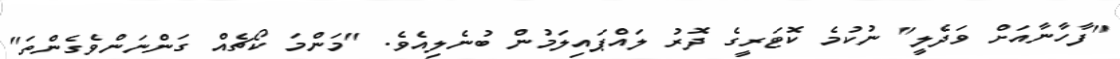
"ފާހާނާއަށް ވަދެލީ" ނުކުމެ ކޮޓަރީގެ ދޮރު ލައްޕައިލަމުން ބުނެލިއެވެ. "މަންމަ ކޯޗެއް ގަންނަންވެގެންތަ"